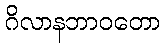
ဂိလာနဘာဝတော